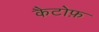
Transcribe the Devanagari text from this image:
कैटोफ़